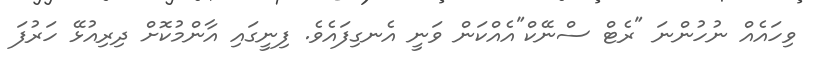
ވިހައެއް ނުހުންނަ "ރެޓް ސްނޭކް"އެއްކަން ވަނީ އެނގިފައެވެ. ފިނީގައި އާންމުކޮށް ދިރިއުޅޭ ހަރުފަ